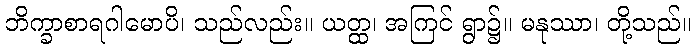
ဘိက္ခာစာရဂါမောပိ၊ သည်လည်း။ ယတ္ထ၊ အကြင် ရွာ၌။ မနုဿာ၊ တို့သည်။